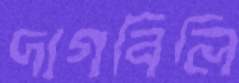
দাগবিলি